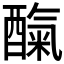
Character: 𮠼